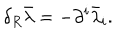
\delta _ { R } \bar { \lambda } = - \partial ^ { i } \bar { \lambda } _ { i } .